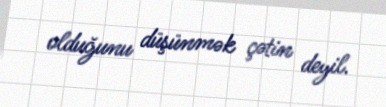
olduğunu düşünmək çətin deyil.